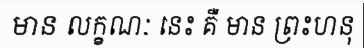
មាន លក្ខណៈ នេះ គឺ មាន ព្រះហនុ